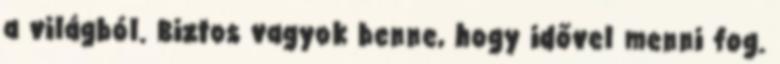
a világból. Biztos vagyok benne, hogy idővel menni fog.